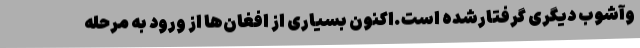
وآشوب دیگری گرفتارشده است.اکنون بسیاری از افغان‌ها از ورود به مرحله